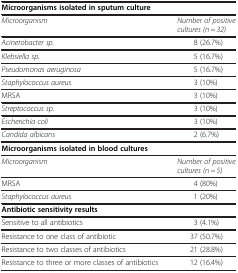
<table><thead><tr><td colspan="2"><b>Microorganisms isolated in sputum culture</b></td></tr></thead><tbody><tr><td><i>Microorganism</i></td><td><i>Number of positive cultures (n = 32)</i></td></tr><tr><td><i>Acinetobacter sp.</i></td><td>8 (26.7%)</td></tr><tr><td><i>Klebsiella sp.</i></td><td>5 (16.7%)</td></tr><tr><td><i>Pseudomonas aeruginosa</i></td><td>5 (16.7%)</td></tr><tr><td><i>Staphylococcus aureus</i></td><td>3 (10%)</td></tr><tr><td>MRSA</td><td>3 (10%)</td></tr><tr><td><i>Streptococcus sp.</i></td><td>3 (10%)</td></tr><tr><td><i>Escherichia coli</i></td><td>3 (10%)</td></tr><tr><td><i>Candida albicans</i></td><td>2 (6.7%)</td></tr><tr><td colspan="2"><b>Microorganisms isolated in blood cultures</b></td></tr><tr><td><i>Microorganism</i></td><td><i>Number of positive cultures (n = 5)</i></td></tr><tr><td>MRSA</td><td>4 (80%)</td></tr><tr><td><i>Staphylococcus aureus</i></td><td>1 (20%)</td></tr><tr><td colspan="2"><b>Antibiotic sensitivity results</b></td></tr><tr><td>Sensitive to all antibiotics</td><td>3 (4.1%)</td></tr><tr><td>Resistance to one class of antibiotic</td><td>37 (50.7%)</td></tr><tr><td>Resistance to two classes of antibiotics</td><td>21 (28.8%)</td></tr><tr><td>Resistance to three or more classes of antibiotics</td><td>12 (16.4%)</td></tr></tbody></table>